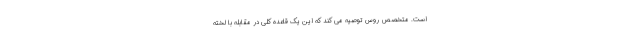
است. متخصص روس توصیه می کند که این یک قاعده کلی در مقابله با لخته